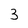
Character: 3